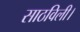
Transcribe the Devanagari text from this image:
साठविली।